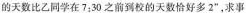
的天数比乙同学在7:30之前到校的天数恰好多2”，求事